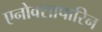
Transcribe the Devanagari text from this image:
एनोक्सापारिन